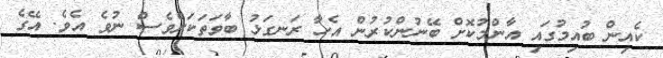
ކެއިން ބުއިމުގައި އާންމުކޮށް ބޭނުންކުރުން އެހާ ރަނގަޅު ބާވަތަކަށްވެސް ނުވެ އެވެ. އޭގެ